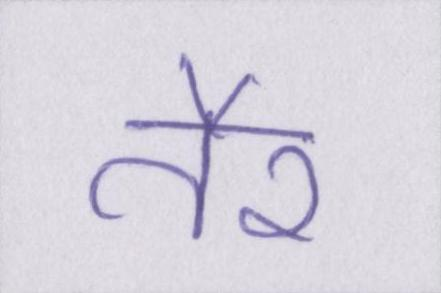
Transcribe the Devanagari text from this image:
तैर